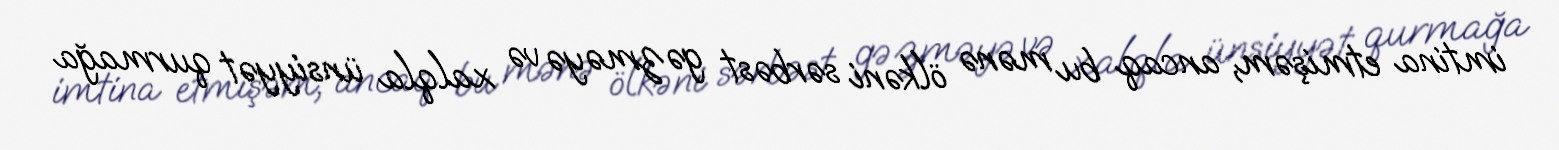
imtina etmişəm, ancaq bu mənə ölkəni sərbəst gəzməyə və xalqla ünsiyyət qurmağa